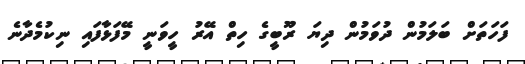
ފަހަތަށް ބަލަމުން ދުވަމުން ދިޔަ ރޫބީގެ ހިތް އޭރު ހީވަނީ މޭފަޅާފައި ނިކުމެދާނެ